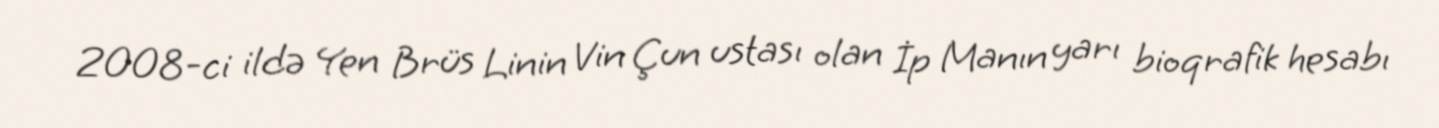
2008-ci ildə Yen Brüs Linin Vin Çun ustası olan İp Manın yarı bioqrafik hesabı